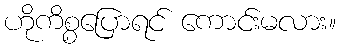
ဟိုကိစ္စပြောရင် ကောင်းမလား။